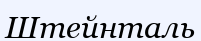
Штейнталь